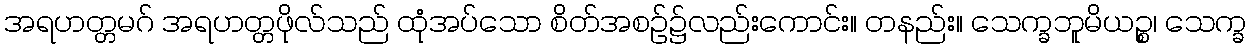
အရဟတ္တမဂ် အရဟတ္တဖိုလ်သည် ထုံအပ်သော စိတ်အစဉ်၌လည်းကောင်း။ တနည်း။ သေက္ခဘူမိယဉ္စ၊ သေက္ခ